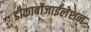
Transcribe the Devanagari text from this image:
डीकार्बोजाईलेशन